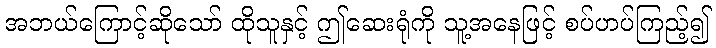
အဘယ်ကြောင့်ဆိုသော် ထိုသူနှင့် ဤဆေးရုံကို သူ့အနေဖြင့် စပ်ဟပ်ကြည့်၍